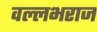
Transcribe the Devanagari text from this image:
वल्लभराज